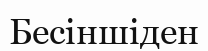
Бесіншіден